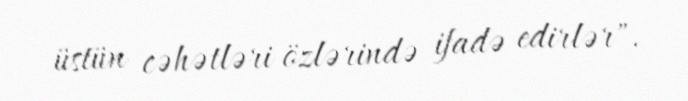
üstün cəhətləri özlərində ifadə edirlər".